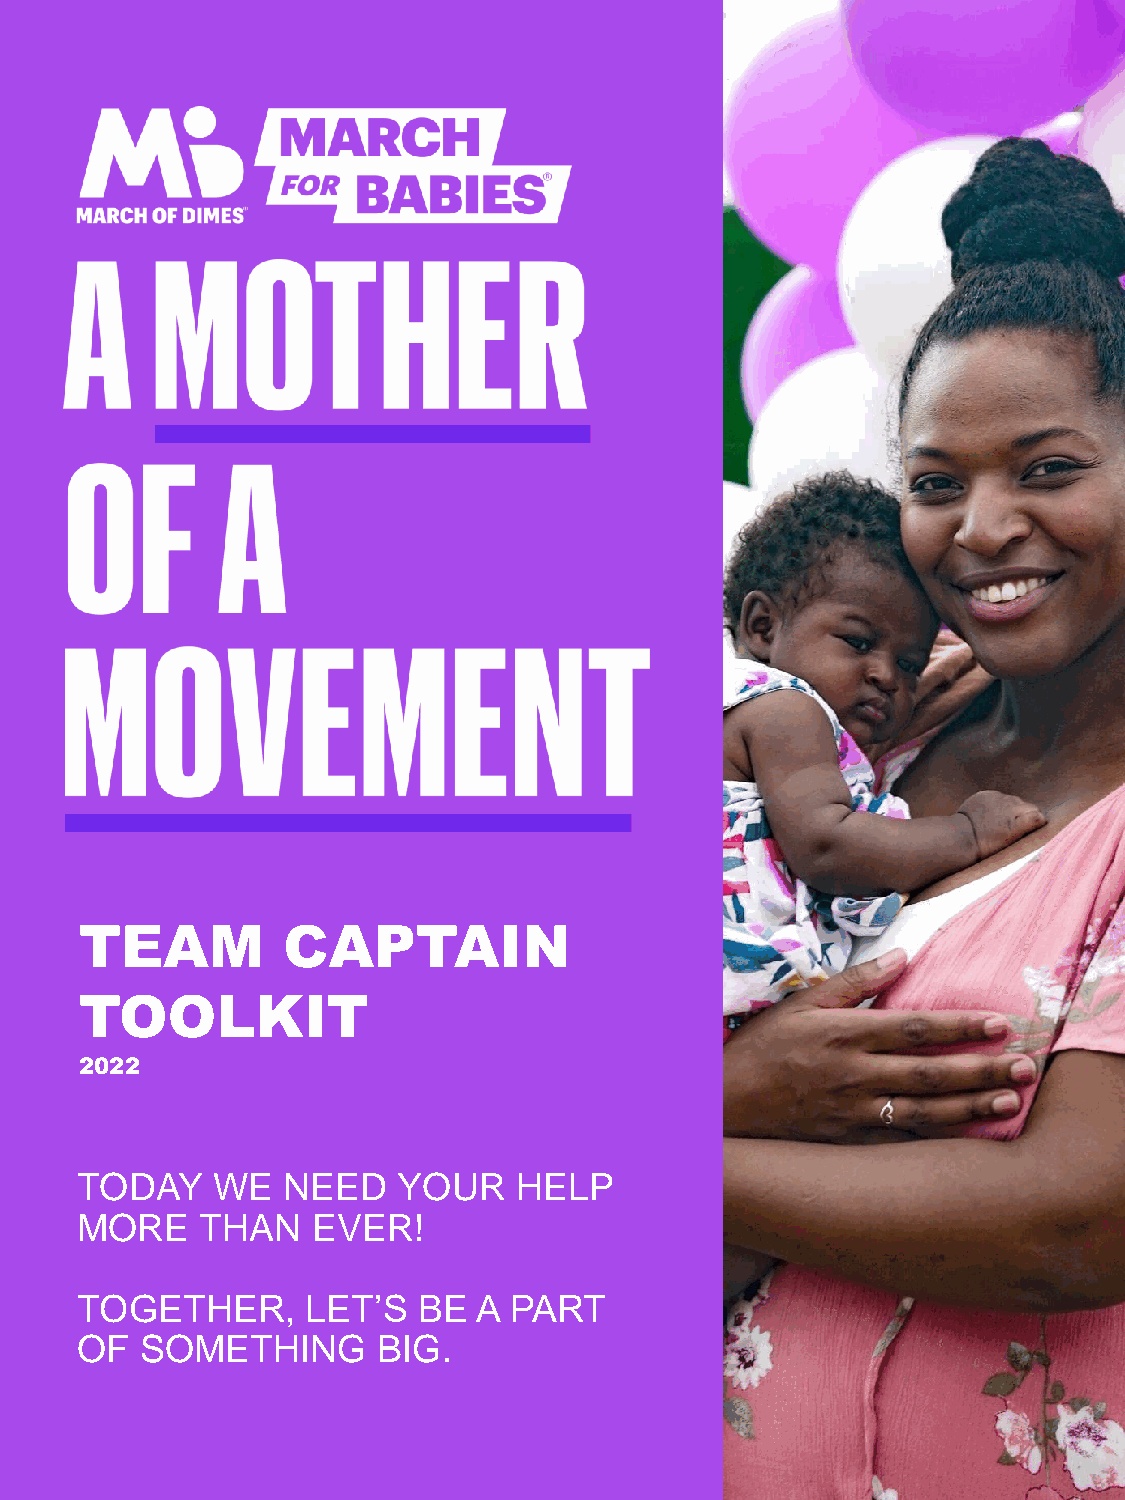
TEAM          CAPTAIN
 TOOLKIT
 2022
 TODAY    WE   NEED   YOUR    HELP
 MORE    THAN    EVER!
 TOGETHER,      LET’S   BE  A PART
 OF  SOMETHING       BIG.
 marchforbabies.org/(market)